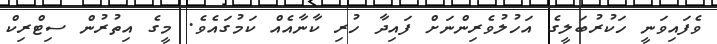
ވެފައިވަނީ ހަކުރުބަލީގެ އަހުލުވެރިންނަށް ފައިދާ ހުރި ކާނާއެއް ކަމުގައެވެ. މީގެ އިތުރުން ސިޓްރިކް